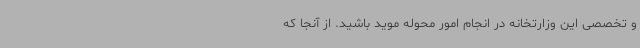
و تخصصی این وزارتخانه در انجام امور محوله موید باشید. از آنجا که